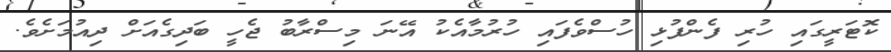
ކޮޓަރީގައި ހުރި ފެންފުޅި ހުސްވެފައި ހުރުމާއެކު އޭނަ މިސްރާބު ޖެހީ ބަދިގެއަށް ދިއުމަށެވެ.